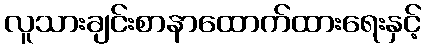
လူသားချင်းစာနာထောက်ထားရေးနှင့်